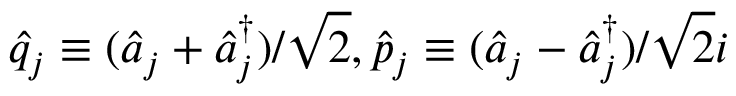
\hat { q } _ { j } \equiv ( \hat { a } _ { j } + \hat { a } _ { j } ^ { \dagger } ) / \sqrt { 2 } , \hat { p } _ { j } \equiv ( \hat { a } _ { j } - \hat { a } _ { j } ^ { \dagger } ) / \sqrt { 2 } i